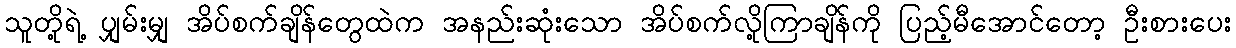
သူတို့ရဲ့ ပျှမ်းမျှ အိပ်စက်ချိန်တွေထဲက အနည်းဆုံးသော အိပ်စက်လို့ကြာချိန်ကို ပြည့်မီအောင်တော့ ဦးစားပေး